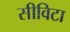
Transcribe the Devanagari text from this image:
सीविटा